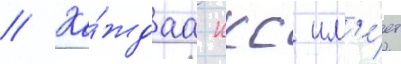
// Ка́ждаа ккс им'е́ет